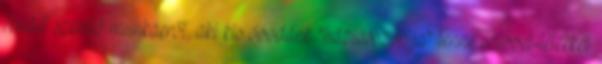
rendet szerető munkaerőt, aki kis óvodánk "háziasszonya" lenne szívvel-lélekkel.